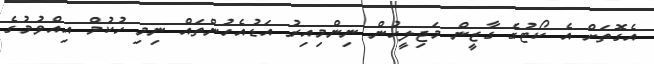
އެގޮތަށް އެ ކޯޓުގެ ގާޒީން މަޖިލީހުން ނިންމިއިރު އަޑުއެހުންތައް ނިމި ހުކުމް އިއްވުމުގެ